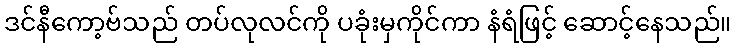
ဒင်နီကော့ဗ်သည် တပ်လုလင်ကို ပခုံးမှကိုင်ကာ နံရံဖြင့် ဆောင့်နေသည်။